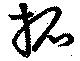
拓